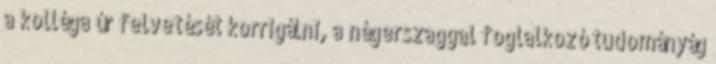
a kolléga úr felvetését korrigálni, a négerszaggal foglalkozó tudományág